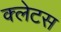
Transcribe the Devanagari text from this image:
क्लेटस